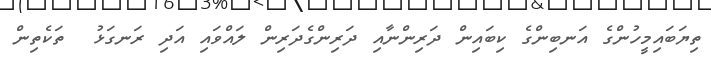
ތިޔަބައިމީހުންގެ އަނބިންގެ ކިބައިން ދަރިންނާއި ދަރިންގެދަރިން ލައްވައި އަދި ރަނގަޅު  ތަކެތިން